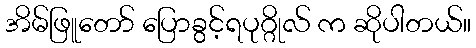
အိမ်ဖြူတော် ပြောခွင့်ရပုဂ္ဂိုလ် က ဆိုပါတယ်။